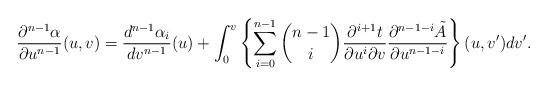
LaTeX: \begin{align*} \frac{\partial^{n-1}\alpha}{\partial u^{n-1}}(u,v)=\frac{d^{n-1}\alpha_i}{dv^{n-1}}(u)+\int_0^v\left\{\sum_{i=0}^{n-1}\binom{n-1}{i}\frac{\partial^{i+1}t}{\partial u^i\partial v}\frac{\partial^{n-1-i}\tilde{A}}{\partial u^{n-1-i}}\right\}(u,v')dv'.\end{align*}